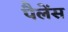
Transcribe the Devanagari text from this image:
पैलेंस